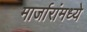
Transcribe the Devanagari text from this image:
मार्जारांमध्ये